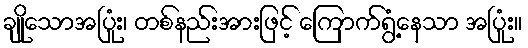
ချိုသောအပြုံး၊ တစ်နည်းအားဖြင့် ကြောက်ရွံ့နေသာ အပြုံး။